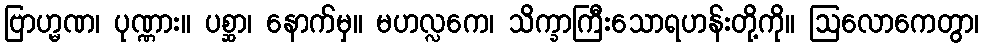
ဗြာဟ္မဏ၊ ပုဏ္ဏား။ ပစ္ဆာ၊ နောက်မှ။ မဟလ္လကေ၊ သိက္ခာကြီးသောရဟန်းတို့ကို။ ဩလောကေတွာ၊